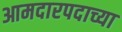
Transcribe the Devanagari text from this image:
आमदारपदाच्या